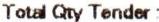
TOTAL QTY TENDER: